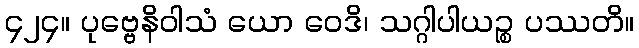
၄၂၄။ ပုဗ္ဗေနိဝါသံ ယော ဝေဒိ၊ သဂ္ဂါပါယဉ္စ ပဿတိ။